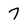
Character: 7